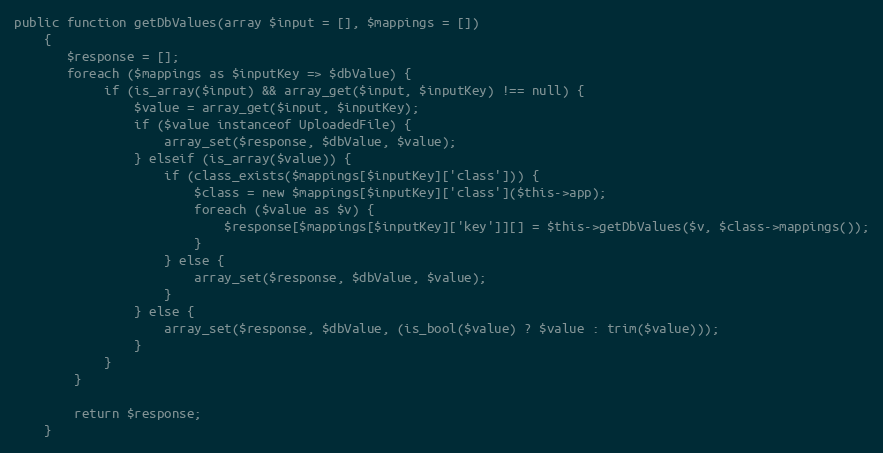
Language: PHP
public function getDbValues(array $input = [], $mappings = [])
    {
       $response = [];
       foreach ($mappings as $inputKey => $dbValue) {
            if (is_array($input) && array_get($input, $inputKey) !== null) {
                $value = array_get($input, $inputKey);
                if ($value instanceof UploadedFile) {
                    array_set($response, $dbValue, $value);
                } elseif (is_array($value)) {
                    if (class_exists($mappings[$inputKey]['class'])) {
                        $class = new $mappings[$inputKey]['class']($this->app);
                        foreach ($value as $v) {
                            $response[$mappings[$inputKey]['key']][] = $this->getDbValues($v, $class->mappings());
                        }
                    } else {
                        array_set($response, $dbValue, $value);
                    }
                } else {
                    array_set($response, $dbValue, (is_bool($value) ? $value : trim($value)));
                }
            }
        }

        return $response;
    }